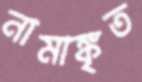
নামাঙ্কৃত